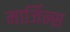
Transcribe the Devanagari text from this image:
मार्जिन्स